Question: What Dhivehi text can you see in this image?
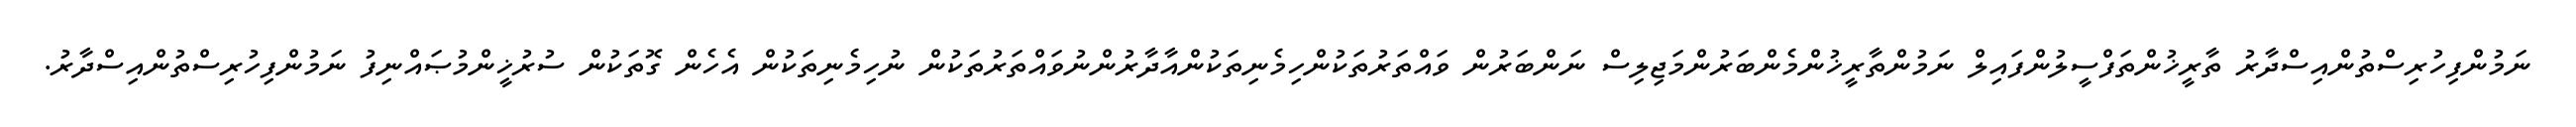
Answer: ނަމުންފިހުރިސްތުންއިސްދާރު ތާރީޚުންތަފްސީލުންފައިލް ނަމުންތާރީޚުންމެންބަރުންމަޖިލިސް ނަންބަރުން ވައްތަރުތަކުންހިމެނިތަކުންއާދާރުންނުވައްތަރުތަކުން ނުހިމެނިތަކުން އެހެން ގޮތަކުން ސުރުޚީންމުޞައްނިފު ނަމުންފިހުރިސްތުންއިސްދާރު.